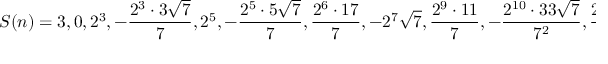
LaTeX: S ( n ) = 3 , 0 , 2 ^ { 3 } , - { \frac { 2 ^ { 3 } \cdot 3 { \sqrt { 7 } } } { 7 } } , 2 ^ { 5 } , - { \frac { 2 ^ { 5 } \cdot 5 { \sqrt { 7 } } } { 7 } } , { \frac { 2 ^ { 6 } \cdot 1 7 } { 7 } } , - 2 ^ { 7 } { \sqrt { 7 } } , { \frac { 2 ^ { 9 } \cdot 1 1 } { 7 } } , - { \frac { 2 ^ { 1 0 } \cdot 3 3 { \sqrt { 7 } } } { 7 ^ { 2 } } } , { \frac { 2 ^ { 1 0 } \cdot 2 9 } { 7 } } , - { \frac { 2 ^ { 1 4 } \cdot 1 1 { \sqrt { 7 } } } { 7 ^ { 2 } } } , { \frac { 2 ^ { 1 2 } \cdot 2 6 9 } { 7 ^ { 2 } } } ,